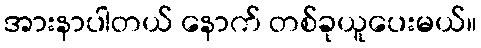
အားနာပါတယ် နောက် တစ်ခုယူပေးမယ်။